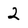
Character: 2